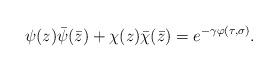
LaTeX: \begin{align*}\psi(z)\bar\psi(\bar z)+\chi(z)\bar\chi(\bar z)=e^{-\gamma \varphi(\tau, \sigma)}.\end{align*}